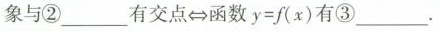
象与②_______有交点\Leftrightarrow函数$$y = f ( x )$$有③____.